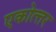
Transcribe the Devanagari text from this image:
एकोत्‍तर